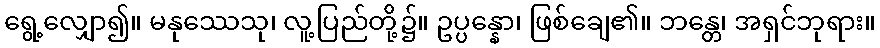
ရွေ့လျှော၍။ မနုဿေသု၊ လူ့ပြည်တို့၌။ ဥပ္ပန္နော၊ ဖြစ်ချေ၏။ ဘန္တေ၊ အရှင်ဘုရား။